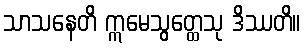
သာသနေတိ ဣမေသွတ္ထေသု ဒိဿတိ။